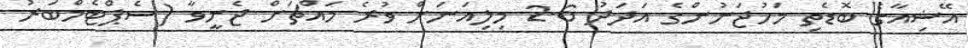
އޭޝިއާގެ ބޮޑެތި މަހުޖަނުންގެ އަދަދު 2.6 މިލިއަނަށް ވުރެ މައްޗަށް ޖެނީވާ (ސެޕްޓެމްބަރު